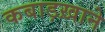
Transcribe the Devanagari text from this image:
कबाड़ख़ाने